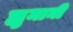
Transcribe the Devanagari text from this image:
ह्युमानी